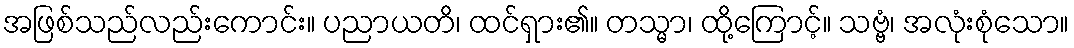
အဖြစ်သည်လည်းကောင်း။ ပညာယတိ၊ ထင်ရှား၏။ တသ္မာ၊ ထို့ကြောင့်။ သဗ္ဗံ၊ အလုံးစုံသော။